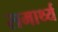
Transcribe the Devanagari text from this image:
समार्थ्य